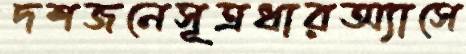
দশজনেসূত্রধারঅ্যাসে